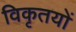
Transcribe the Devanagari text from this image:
विकृतयों